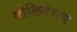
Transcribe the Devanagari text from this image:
मोलियेरला